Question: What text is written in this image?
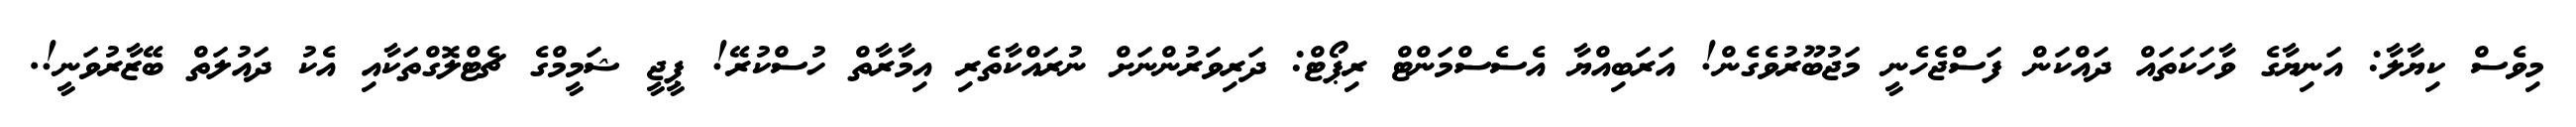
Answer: މިވެސް ކިޔާލާ: އަނިޔާގެ ވާހަކަތައް ދައްކަން ފަސްޖެހެނީ މަޖުބޫރުވެގެން! އަރަބިއްޔާ އެސެސްމަންޓް ރިޕޯޓް: ދަރިވަރުންނަށް ނުރައްކާތެރި އިމާރާތް ހުސްކުރޭ! ޕީޖީ ޝަމީމްގެ ޗެޓްލޮގްތަކާއި އެކު ދައުލަތް ބޭޒާރުވަނީ!.